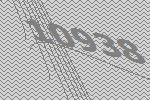
10938